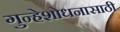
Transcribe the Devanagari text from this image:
गुन्हेशोधनासाठी